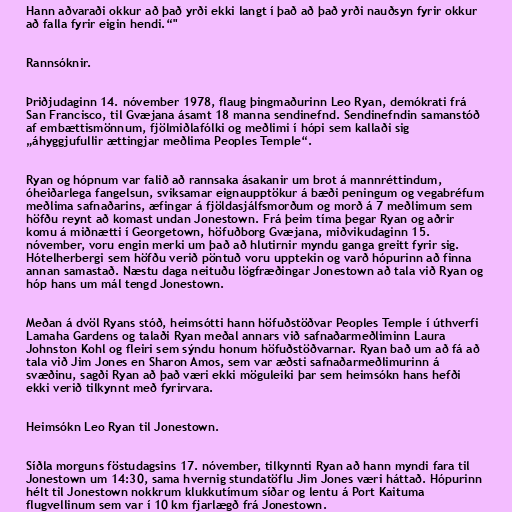
Hann aðvaraði okkur að það yrði ekki langt í það að það yrði nauðsyn fyrir okkur
að falla fyrir eigin hendi.“"

Rannsóknir.

Þriðjudaginn 14. nóvember 1978, flaug þingmaðurinn Leo Ryan, demókrati frá
San Francisco, til Gvæjana ásamt 18 manna sendinefnd. Sendinefndin samanstóð
af embættismönnum, fjölmiðlafólki og meðlimi í hópi sem kallaði sig
„áhyggjufullir ættingjar meðlima Peoples Temple“.

Ryan og hópnum var falið að rannsaka ásakanir um brot á mannréttindum,
óheiðarlega fangelsun, sviksamar eignaupptökur á bæði peningum og vegabréfum
meðlima safnaðarins, æfingar á fjöldasjálfsmorðum og morð á 7 meðlimum sem
höfðu reynt að komast undan Jonestown. Frá þeim tíma þegar Ryan og aðrir
komu á miðnætti í Georgetown, höfuðborg Gvæjana, miðvikudaginn 15.
nóvember, voru engin merki um það að hlutirnir myndu ganga greitt fyrir sig.
Hótelherbergi sem höfðu verið pöntuð voru upptekin og varð hópurinn að finna
annan samastað. Næstu daga neituðu lögfræðingar Jonestown að tala við Ryan og
hóp hans um mál tengd Jonestown.

Meðan á dvöl Ryans stóð, heimsótti hann höfuðstöðvar Peoples Temple í úthverfi
Lamaha Gardens og talaði Ryan meðal annars við safnaðarmeðliminn Laura
Johnston Kohl og fleiri sem sýndu honum höfuðstöðvarnar. Ryan bað um að fá að
tala við Jim Jones en Sharon Amos, sem var æðsti safnaðarmeðlimurinn á
svæðinu, sagði Ryan að það væri ekki möguleiki þar sem heimsókn hans hefði
ekki verið tilkynnt með fyrirvara.

Heimsókn Leo Ryan til Jonestown.

Síðla morguns föstudagsins 17. nóvember, tilkynnti Ryan að hann myndi fara til
Jonestown um 14:30, sama hvernig stundatöflu Jim Jones væri háttað. Hópurinn
hélt til Jonestown nokkrum klukkutímum síðar og lentu á Port Kaituma
flugvellinum sem var í 10 km fjarlægð frá Jonestown.